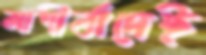
আশীর্বাদেই